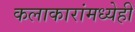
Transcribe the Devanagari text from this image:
कलाकारांमध्येही